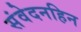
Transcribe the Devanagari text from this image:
संवेदनहिन